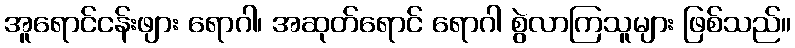
အူရောင်ငန်းဖျား ရောဂါ၊ အဆုတ်ရောင် ရောဂါ စွဲလာကြသူများ ဖြစ်သည်။